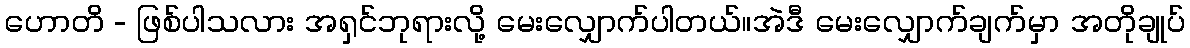
ဟောတိ - ဖြစ်ပါသလား အရှင်ဘုရားလို့ မေးလျှောက်ပါတယ်။အဲဒီ မေးလျှောက်ချက်မှာ အတိုချုပ်